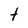
Character: t